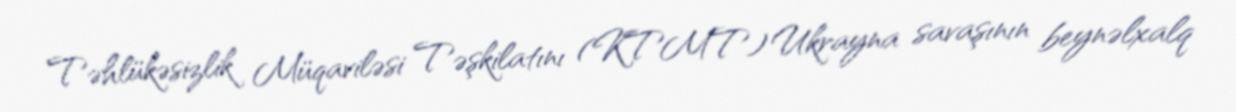
Təhlükəsizlik Müqaviləsi Təşkilatını (KTMT) Ukrayna savaşının beynəlxalq